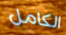
الكامل